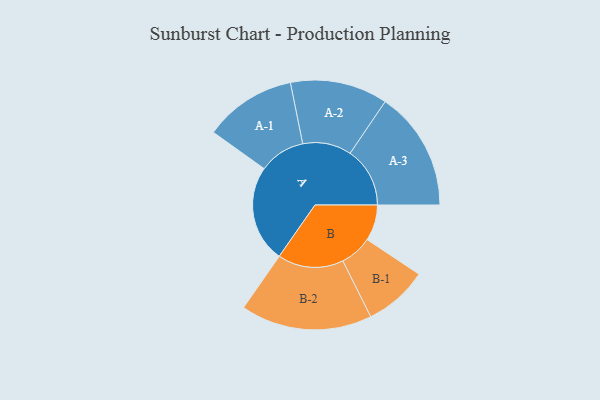
{"axis": {"x": "Segment", "y": "Value"}, "legend": ["", "A", "B"], "data": [{"x": "A", "y": 440, "type": ""}, {"x": "B", "y": 163, "type": ""}, {"x": "A-1", "y": 209, "type": "A"}, {"x": "A-2", "y": 221, "type": "A"}, {"x": "A-3", "y": 271, "type": "A"}, {"x": "B-1", "y": 145, "type": "B"}, {"x": "B-2", "y": 298, "type": "B"}]}